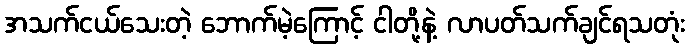
အသက်ငယ်သေးတဲ့ ဘောက်မဲ့ကြောင့် ငါတို့နဲ့ လာပတ်သက်ချင်ရသတုံး